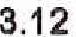
3.12